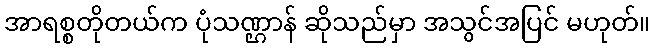
အာရစ္စတိုတယ်က ပုံသဏ္ဌာန် ဆိုသည်မှာ အသွင်အပြင် မဟုတ်။